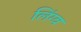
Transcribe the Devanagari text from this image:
लिंग्व